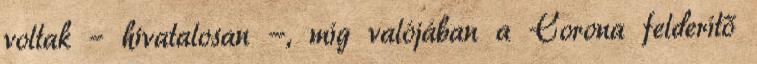
voltak – hivatalosan -, míg valójában a Corona felderítő